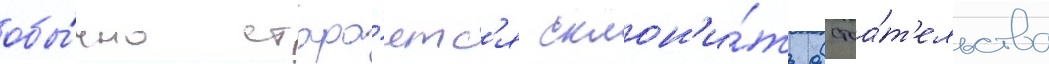
обы́чно стара́етс'я склон'и́ть обстоа́т'ельства